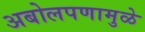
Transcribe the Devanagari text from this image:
अबोलपणामुळे